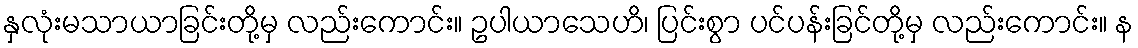
နှလုံးမသာယာခြင်းတို့မှ လည်းကောင်း။ ဥပါယာသေဟိ၊ ပြင်းစွာ ပင်ပန်းခြင်တို့မှ လည်းကောင်း။ န